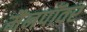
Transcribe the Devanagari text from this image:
मैनपॉवर